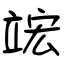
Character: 竤